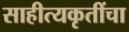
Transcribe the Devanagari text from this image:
साहीत्यकृतींचा